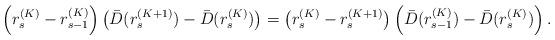
LaTeX: \begin{align*} \left(r_s^{(K)} - r_{s-1}^{(K)} \right) \left( \bar{D}(r_{s}^{(K+1)}) - \bar{D}(r_s^{(K)}) \right)=\left(r_s^{(K)} - r_s^{(K+1)} \right) \left( \bar{D}(r_{s-1}^{(K)}) - \bar{D}(r_s^{(K)}) \right). \end{align*}